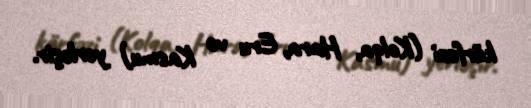
körfəzi (Kolqa, Hara, Eru və Kasmu) yerləşir.